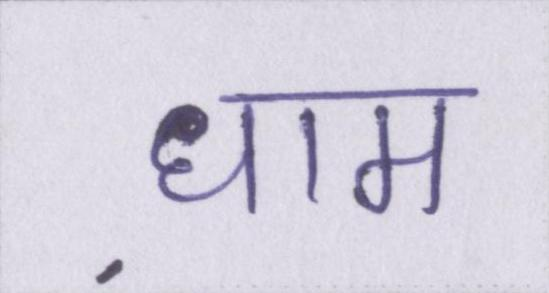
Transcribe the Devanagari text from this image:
धाम